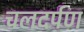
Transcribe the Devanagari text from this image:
चलदर्पण